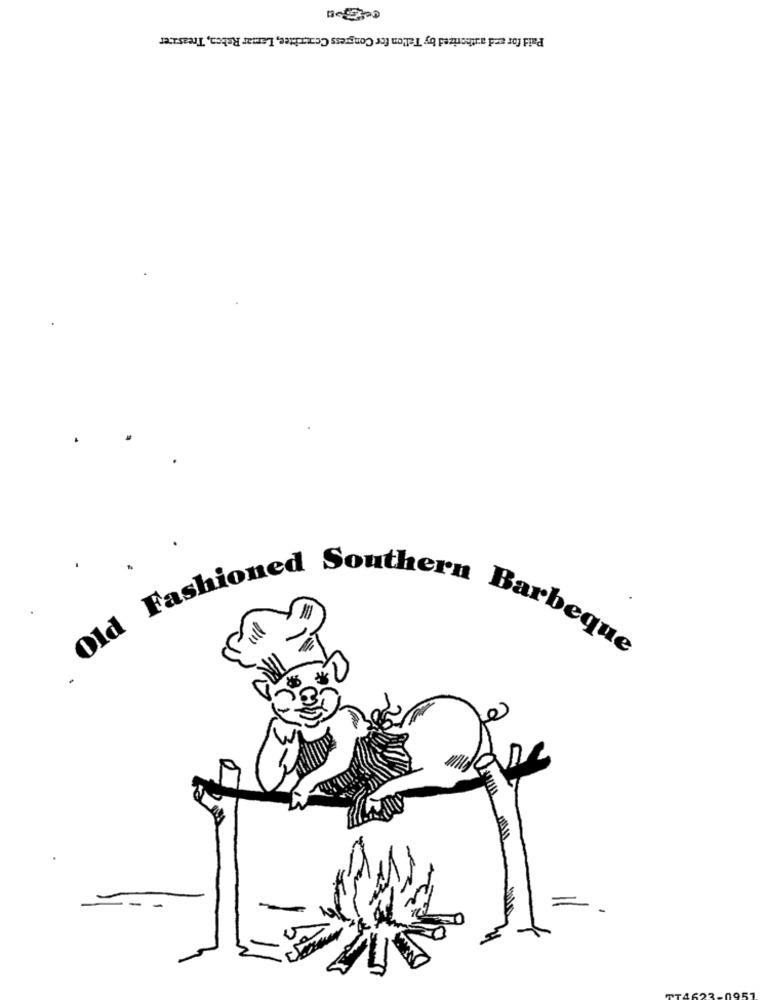
Paid for and authorized by Tallon for Congress Comerhtee, Lamar Raben, Treasurer
Fashio
Old Fashioned Southern Barbeque